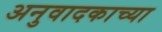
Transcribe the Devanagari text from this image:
अनुवादकाच्या